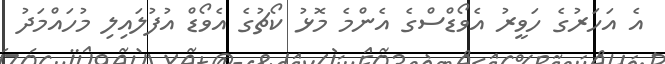
އެ އަހަރުގެ ހަވީރު އެވޯޑްސްގެ އެންމެ މޮޅު ކޯޗުގެ އެވޯޑް އުފުލައިލި މުހައްމަދު